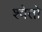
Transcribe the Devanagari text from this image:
श्‍वेतो